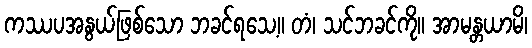
ကဿပအနွယ်ဖြစ်သော ဘခင်ရသေ့။ တံ၊ သင်ဘခင်ကို။ အာမန္တယာမိ၊